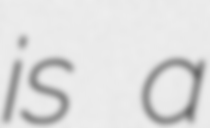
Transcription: is a